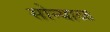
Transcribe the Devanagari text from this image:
सोन्याळ